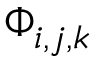
\Phi _ { i , j , k }